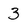
Character: 3